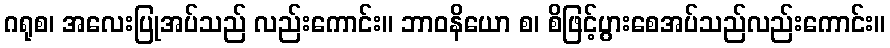
ဂရုစ၊ အလေးပြုအပ်သည် လည်းကောင်း။ ဘာဝနိယော စ၊ စိဖြင့်ပွားစေအပ်သည်လည်းကောင်း။